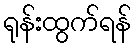
ရုန်းထွက်ရန်